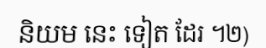
និយម នេះ ទៀត ដែរ ។២)